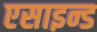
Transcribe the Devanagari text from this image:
एसाइन्ड